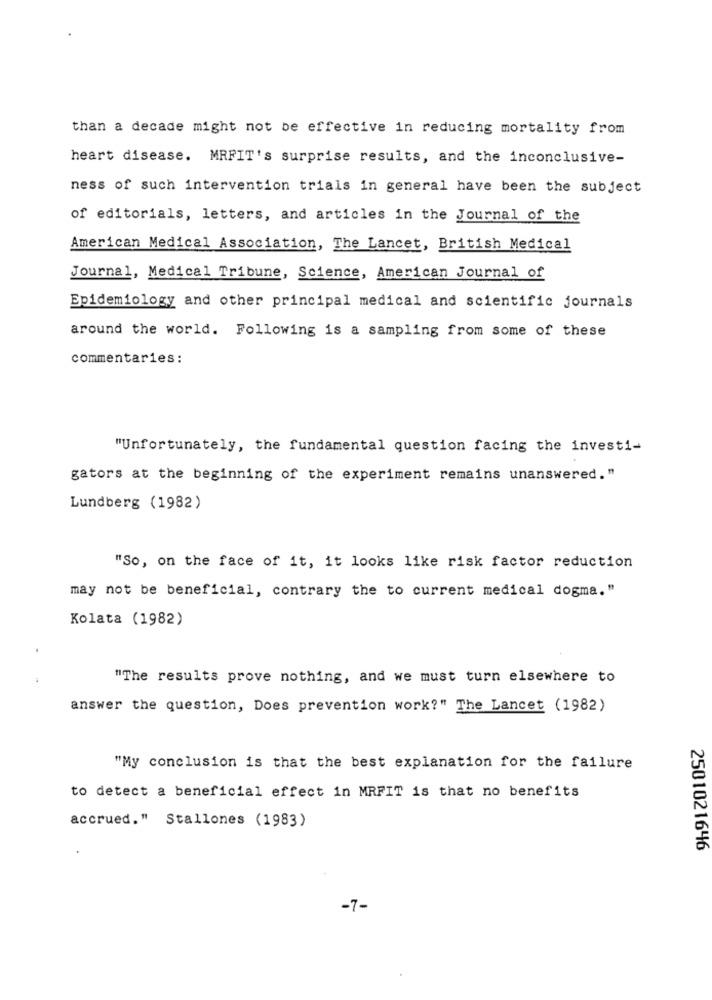
than a decade might not be effective in reducing mortality from
heart disease. MRFIT's surprise results, and the inconclusive-
ness of such intervention trials in general have been the subject
of editorials, letters, and articles in the Journal of the
American Medical Association, The Lancet, British Medical
Journal, Medical Tribune, Science, American Journal of
Epidemiology and other principal medical and scientific journals
around the world. Following is a sampling from some of these
commentaries :
"Unfortunately, the fundamental question facing the investi-
gators at the beginning of the experiment remains unanswered."
Lundberg (1982)
"So, on the face of it, it looks like risk factor reduction
may not be beneficial, contrary the to current medical dogma."
Kolata (1982)
"The results prove nothing, and we must turn elsewhere to
answer the question, Does prevention work?" The Lancet (1982)
"My conclusion is that the best explanation for the failure
to detect a beneficial effect in MRFIT is that no benefits
accrued." Stallones (1983)
2501021646
-7-